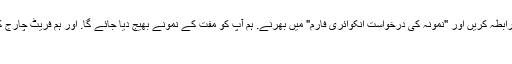
اگر آپ ہماری مصنوعات میں دلچسپی رکھتے ہیں، صرف ہم سے رابطہ کریں اور "نمونہ کی درخواست انکوائری فارم" میں بھرنے. ہم آپ کو مفت کے نمونے بھیج دیا جائے گا. اور ہم فریٹ چارج کے لئے ادا کریں گے. کوئی آپ کے لئے کسی بھی دوسرے لاگت.
5. آپ کی پیداوار لیڈ وقت کے بارے میں؟